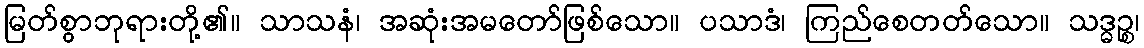
မြတ်စွာဘုရားတို့၏။ သာသနံ၊ အဆုံးအမတော်ဖြစ်သော။ ပသာဒံ၊ ကြည်စေတတ်သော။ သဒ္ဓဉ္စ၊